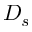
D _ { s }